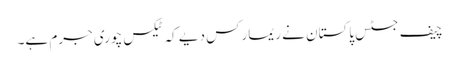
چیف جسٹس پاکستان نے ریمارکس دیے کہ ٹیکس چوری جرم ہے۔